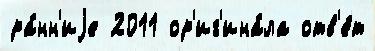
ра́нн'иjе 2011 ор'иг'ина́ла отв'е́т